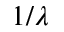
1 / \lambda